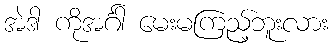
အဲဒါ ကိုအင်္ဂါ မေးမကြည့်ဘူးလား